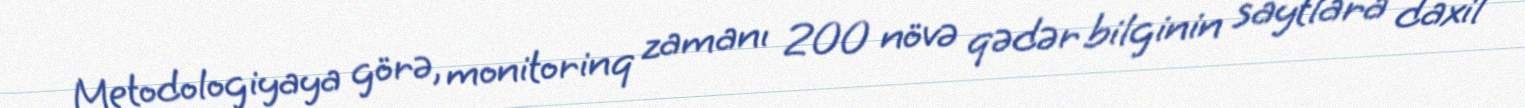
Metodologiyaya görə, monitorinq zamanı 200 növə qədər bilginin saytlara daxil